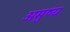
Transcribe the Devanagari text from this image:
अमुष्य